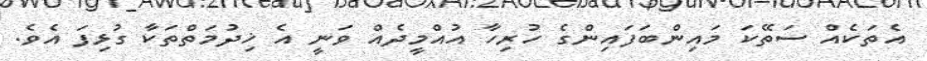
އެތަކެއް ސަތޭކަ މައިންބަފައިންގެ ހުރިހާ އުއްމީދެއް ވަނީ އެ ޚިދުމަތްތަކާ ގުޅިފަ އެވެ.